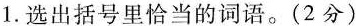
1.选出括号里恰当的词语。(2分)